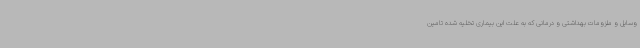
وسایل و ملزومات بهداشتی و درمانی که به علت این بیماری تخلیه شده تامین